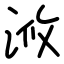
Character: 浟